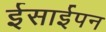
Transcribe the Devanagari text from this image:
ईसाईपन